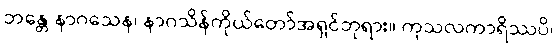
ဘန္တေ နာဂသေန၊ နာဂသိန်ကိုယ်တော်အရှင်ဘုရား။ ကုသလကာရိဿပိ၊